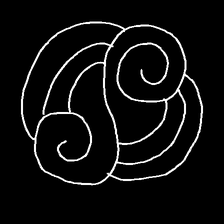
Glyph: wind-underfoot